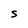
Character: S